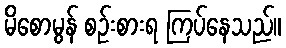
မိစောမွန် စဉ်းစားရ ကြပ်နေသည်။